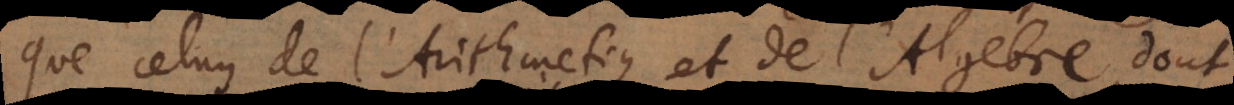
que celuy de l’Arithmetique et de l’Algebre, don